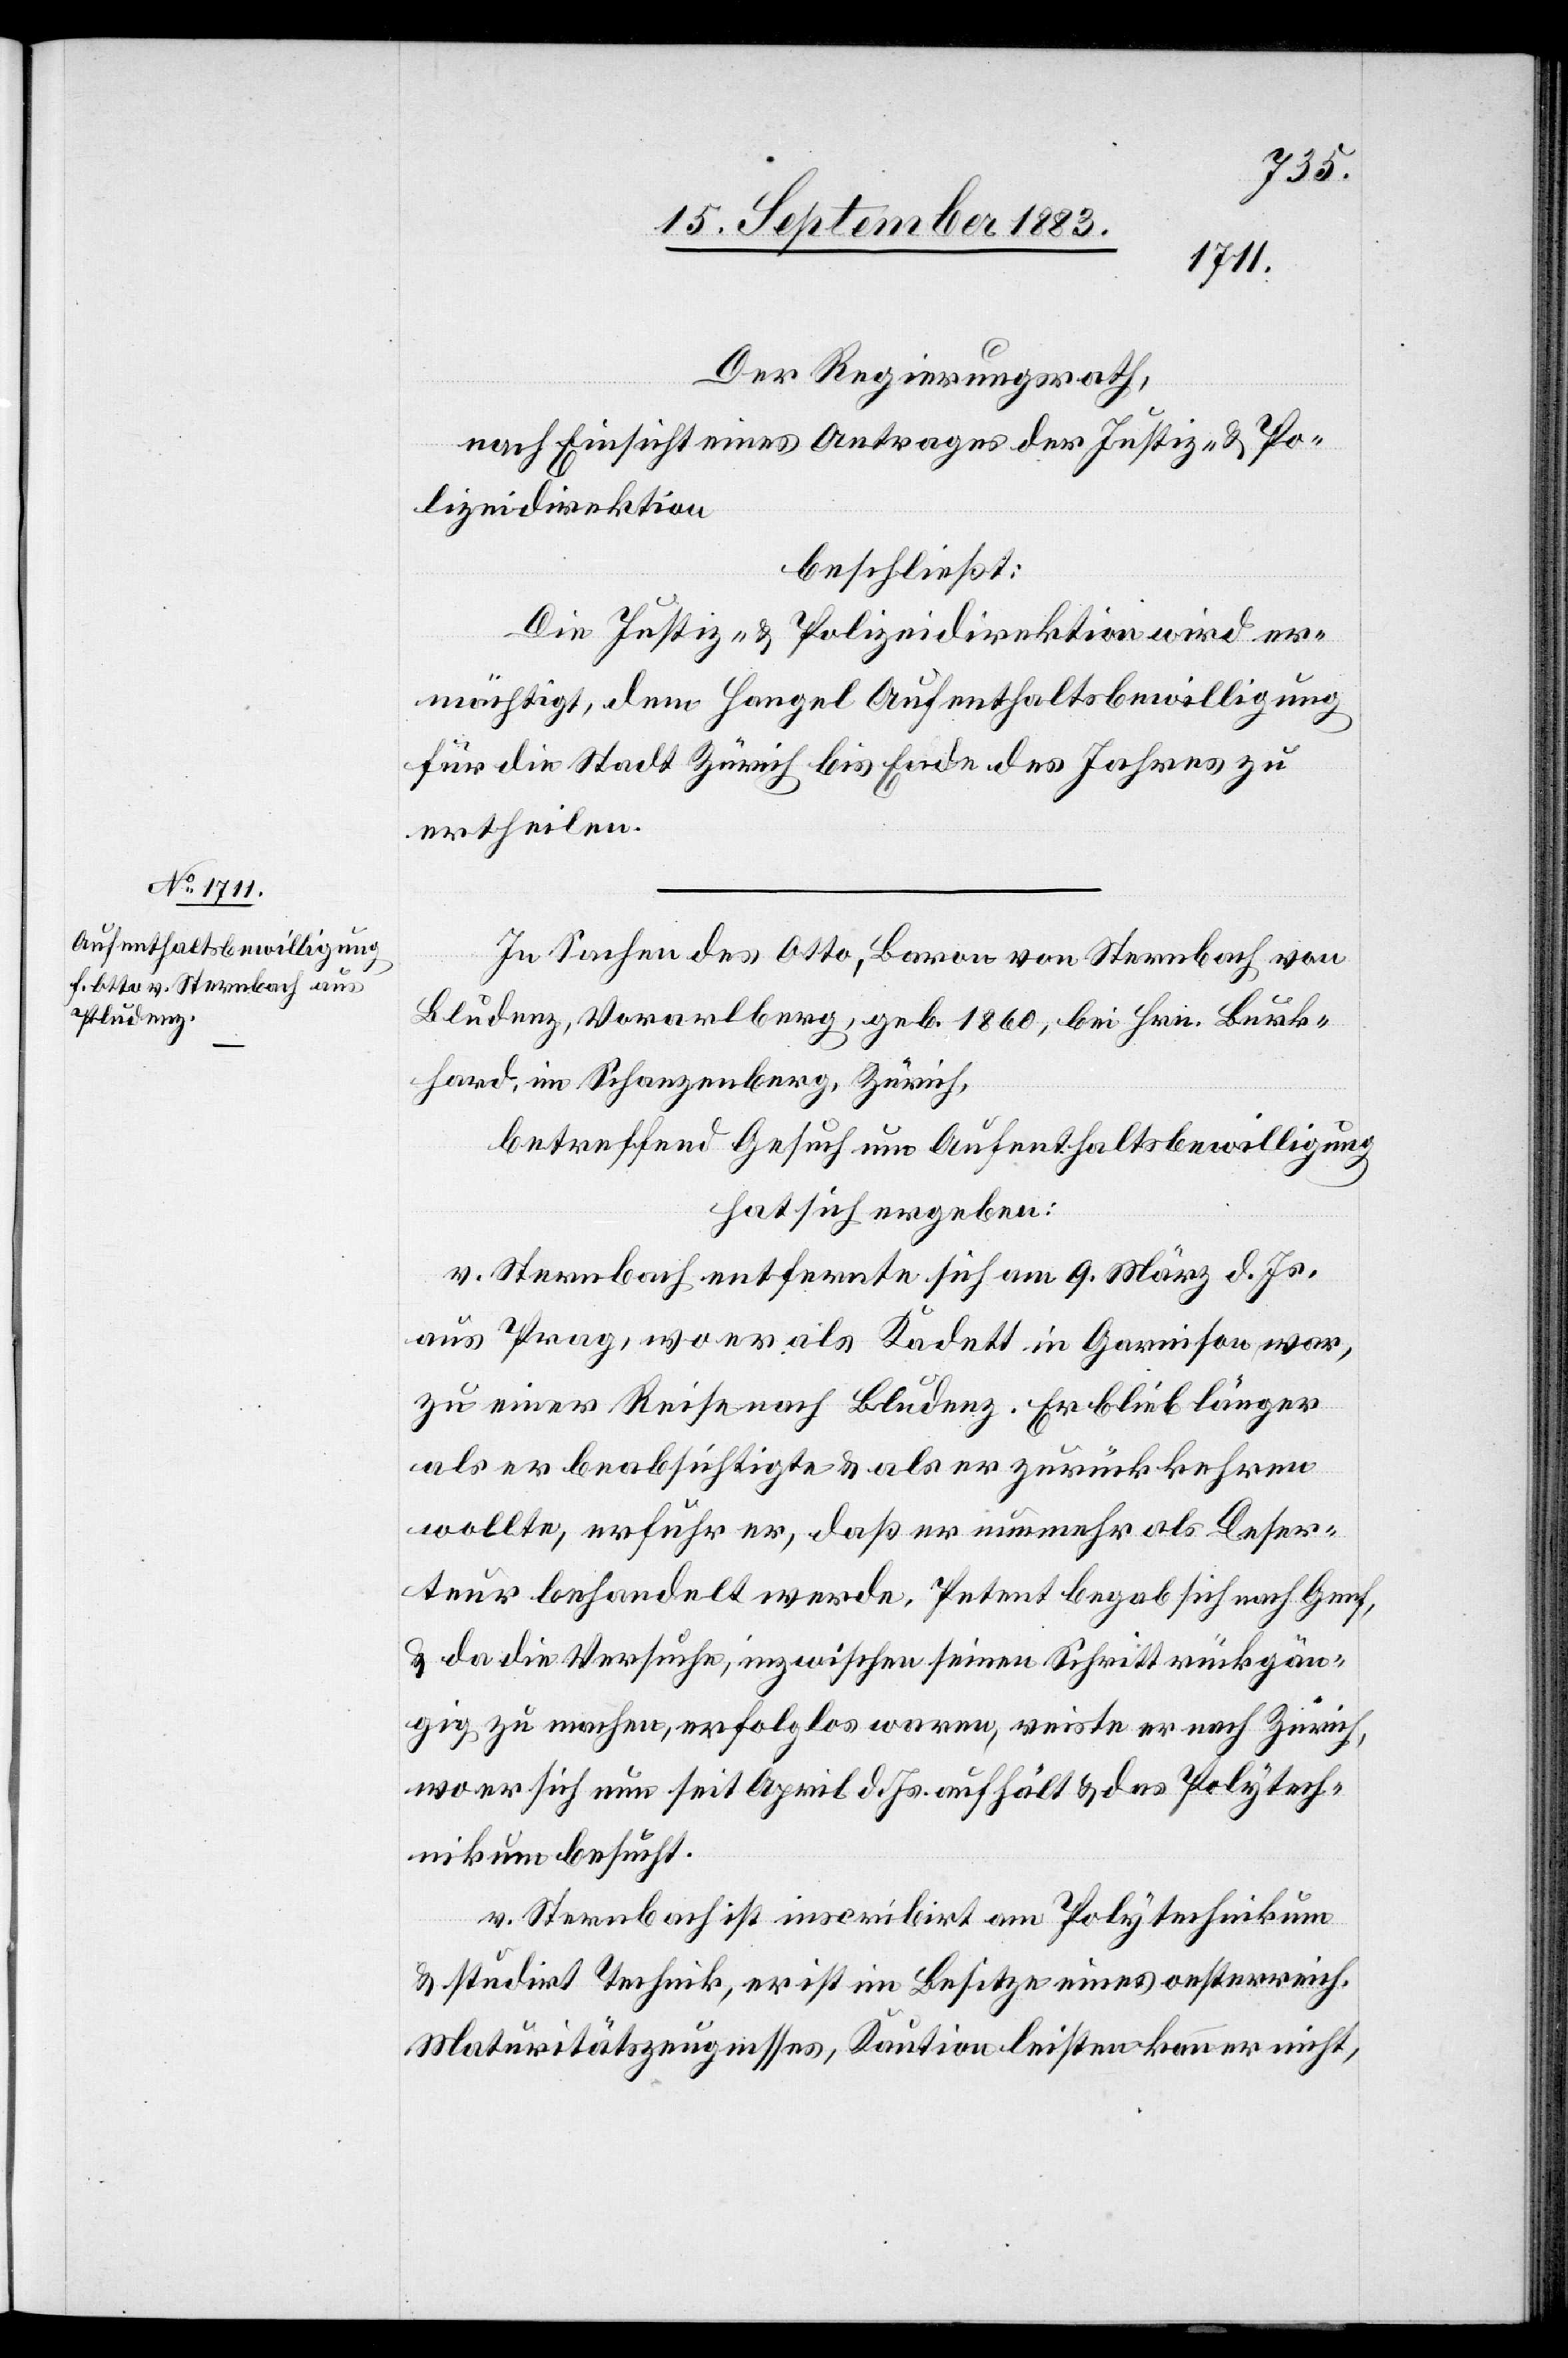
Bludenz

Der Regierungsrath,
nach Einsicht eines Antrages der Justiz- & Po¬
lizeidirektion
beschließt:
Die Justiz- & Polizeidirektion wird er¬
mächtigt, dem Hengel Aufenthaltsbewilligung
für die Stadt Zürich bis Ende des Jahres zu
ertheilen.
In Sachen des Otto, Baron von Sternbach, von
[sic!], Vorarlberg, geb. 1860, bei Hrn. Burk¬
hard, im Schanzenberg, Zürich,
betreffend Gesuch um Aufenthaltsbewilligung
hat sich ergeben:
v. Sternbach entfernte sich am 9. März d. Js.
aus Prag, wo er als Kadett in Garnison war,
zu einer Reise nach Bludenz. Er blieb länger
als er beabsichtigte & als er zurückkehren
wollte, erfuhr er, daß er nunmehr als Deser¬
teur behandelt werde, Petent begab sich nach Genf,
& da die Versuche, inzwischen seinen Schritt rückgän¬
gig zu machen, erfolglos waren, reiste er nach Zürich,
wo er sich nun seit April d. Js. aufhält & das Polytech¬
nikum besucht.
v. Sternberg ist inscribirt am Polytechnikum
& studirt Technik, er ist im Besitze eines oesterreich.
Maturitätszeugnisses, Kaution leisten kann er nicht,